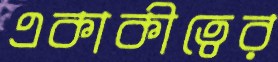
একাকীত্বের